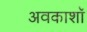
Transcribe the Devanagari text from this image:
अवकाशॉ